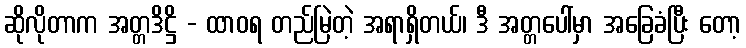
ဆိုလိုတာက အတ္တဒိဋ္ဌိ - ထာဝရ တည်မြဲတဲ့ အရာရှိတယ်၊ ဒီ အတ္တပေါ်မှာ အခြေခံပြီး တော့